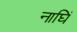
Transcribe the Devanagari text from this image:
नाघिं